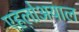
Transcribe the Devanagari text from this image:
एहलोअयाल